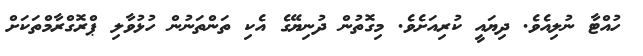
ހުއްޓާ ނުލިއެވެ. ދިޔައީ ކުރިއަށެވެ. މިގޮތުން ދުނިޔޭގެ އެކި ތަންތަނުން ހުޅުވާލި ޕްރޮގްރާމްތަކަށް